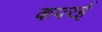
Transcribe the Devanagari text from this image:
कपरई